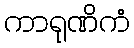
ကာရုဏိကံ